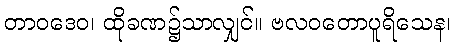
တာဝဒေဝ၊ ထိုခဏ၌သာလျှင်။ ဗလဝတောပူရိသေန၊